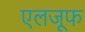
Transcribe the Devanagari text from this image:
एलजूफ